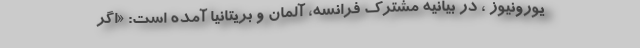
یورونیوز ، در بیانیه مشترک فرانسه، آلمان و بریتانیا آمده است: «اگر